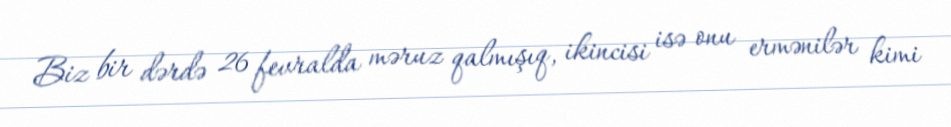
Biz bir dərdə 26 fevralda məruz qalmışıq, ikincisi isə onu ermənilər kimi